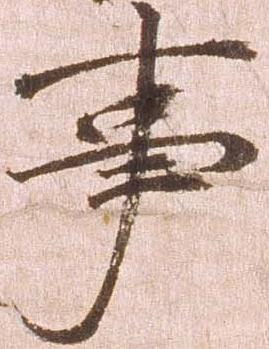
事